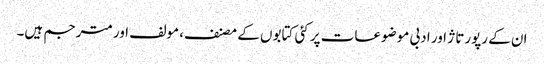
ان کے رپورتاژ اور ادبی موضوعات پر کئی کتابوں کے مصنف، مولف اور مترجم ہیں۔